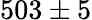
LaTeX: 503\pm 5